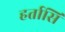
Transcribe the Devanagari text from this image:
हर्तासि